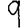
Digit: 9